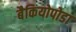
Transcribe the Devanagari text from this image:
बैकियोपोडा